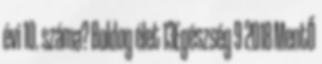
évi 10. száma? Boldog élet 13Egészség 9 2018 MentŐ